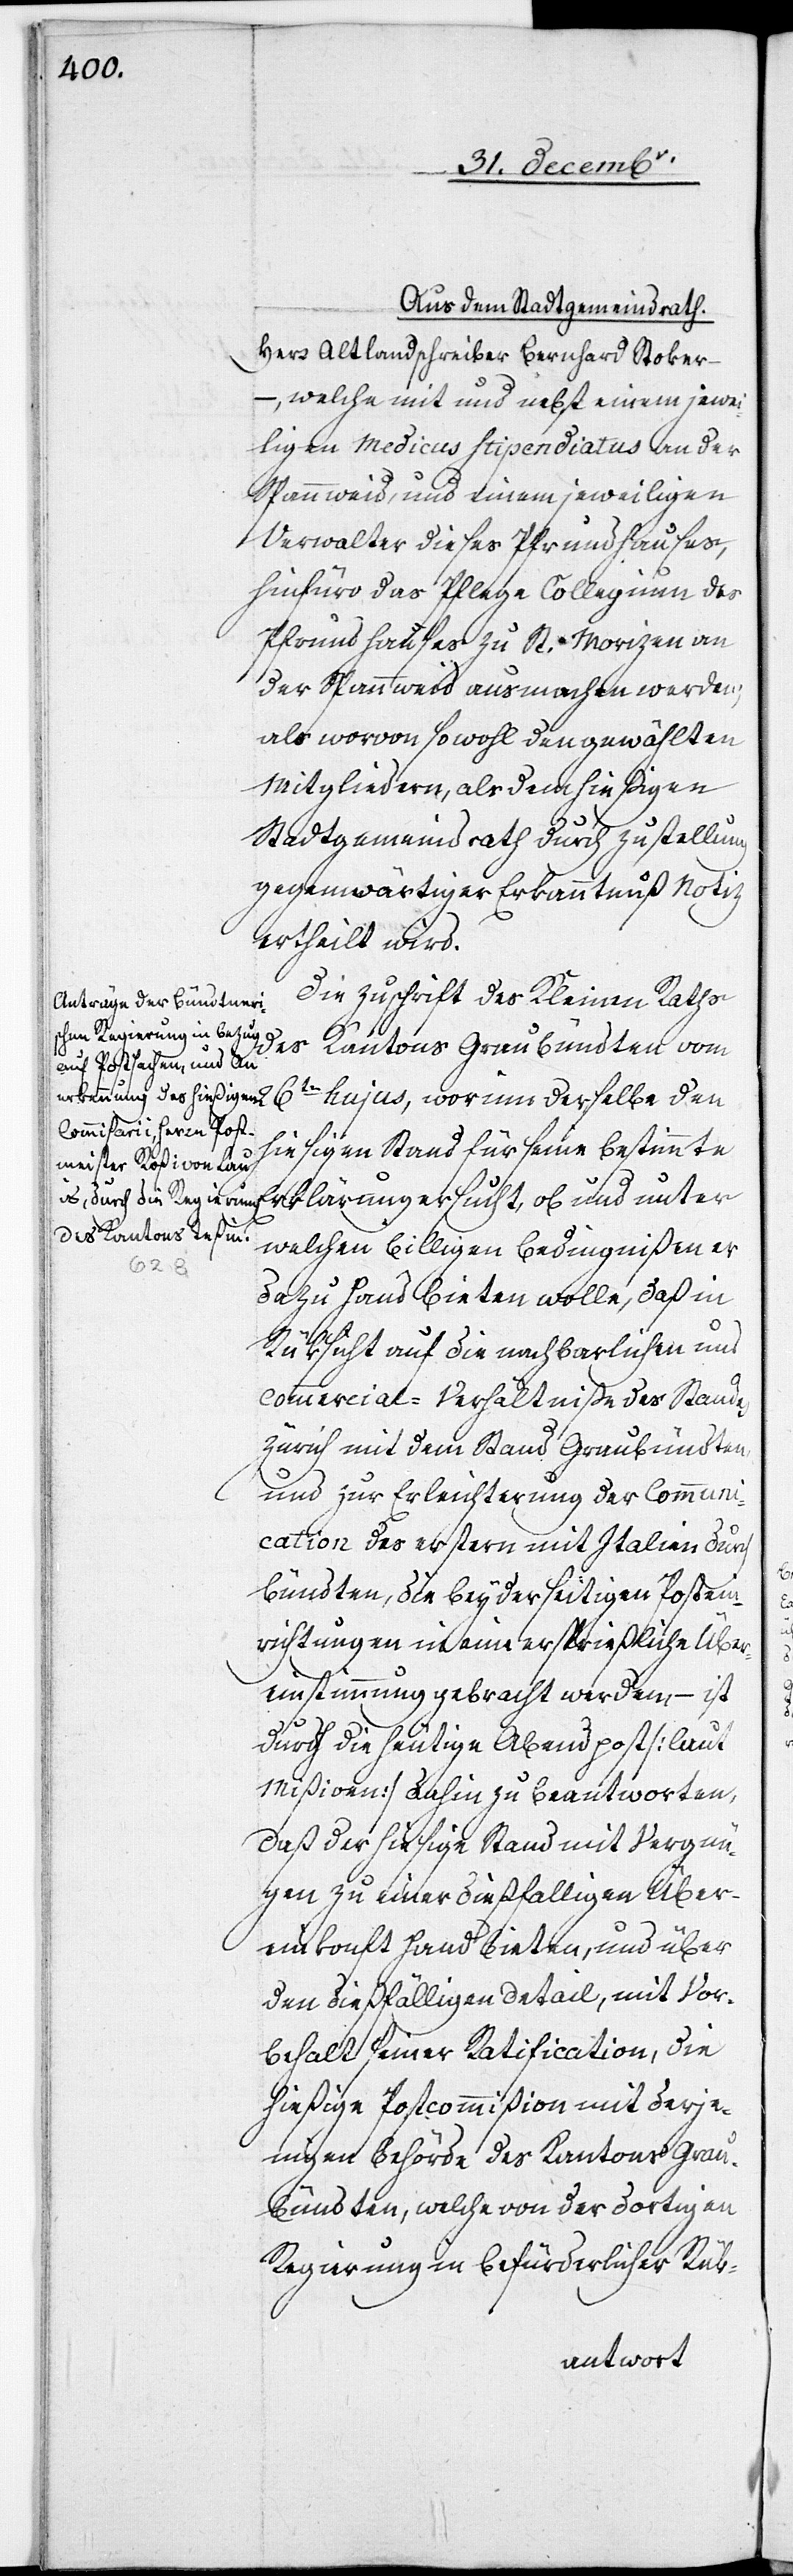
Aus dem Stadtgemeindrath.
Herr Altlandschreiber Bernhard Stoker ‒
–, welche mit und nebst einem jewei¬
ligen Medicus Stipendiatus an der
Spannweid, und einem jeweiligen
Verwalter dieses Pfrundhauses,
hinfüro das Pflege[-]Collegium des
Pfrundhauses zu St. Morizen an
der Spannweid ausmachen werden,
als wovon sowohl den gewählten
Mitgliedern, als dem hießigen
Stadtgemeindrath durch Zustellung
gegenwärtiger Erkanntnuß Notiz
ertheilt wird.
Die Zuschrift des Kleinen Raths
des Kantons Graubündten vom
26ten hujus, worinn derselbe den
hiesigen Stand für seine bestimmte
Erklärung ersucht, ob und unter
welchen billigen Bedingnißen er
dazu Hand bieten wolle, daß in
Rüksicht auf die nachbarlichen und
Commercial-Verhältniße des Standes
Zürich mit dem Stand Graubündten,
und zur Erleichterung der Communi¬
cation des erstern mit Italien durch
Bündten, die beyderseitigen Postein¬
richtungen in eine ersprießliche Über¬
einstimmung gebracht werden, – ist
durch die heutige Abendpost [laut
Mißiven] dahin zu beantworten,
daß der hiesige Stand mit Vergnü¬
gen zu einer dießfälligen Über¬
einkonft Hand bieten, und über
den dießfälligen Detail, mit Vor¬
behalt seiner Ratification, die
hießige Postcommißion mit derje¬
nigen Behörde des Kantons Grau¬
bündten, welche von der dortigen
Regierung in befürderlicher Rük-